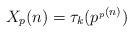
LaTeX: \begin{align*} X_{p}(n) = \tau_{k}(p^{_p(n)}) \end{align*}